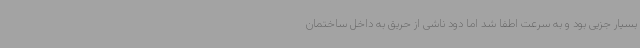
بسیار جزیی بود و به سرعت اطفا شد اما دود ناشی از حریق به داخل ساختمان